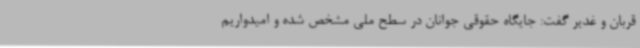
قربان و غدیر گفت: جایگاه حقوقی جوانان در سطح ملی مشخص شده و امیدواریم